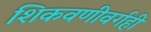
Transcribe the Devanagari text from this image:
शिकवणीवर्गही